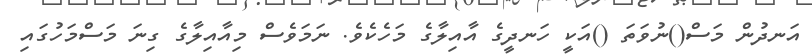
އަނދުން މަސް()ނުވަތަ ()އަކީ ހަނދީގެ އާއިލާގެ މަހެކެވެ. ނަމަވެސް މިއާއިލާގެ ގިނަ މަސްމަހުގައި